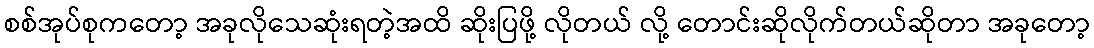
စစ်အုပ်စုကတော့ အခုလိုသေဆုံးရတဲ့အထိ ဆိုးပြဖို့ လိုတယ် လို့ တောင်းဆိုလိုက်တယ်ဆိုတာ အခုတော့